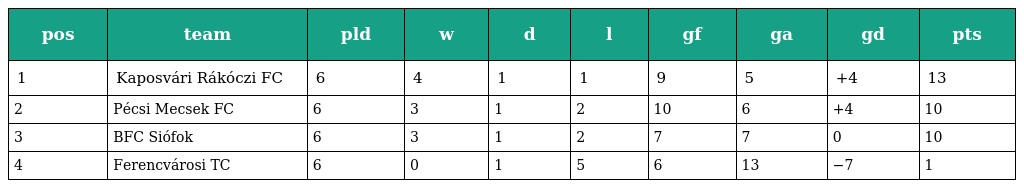
| pos | team | pld | w | d | l | gf | ga | gd | pts |
 | --- | --- | --- | --- | --- | --- | --- | --- | --- | --- |
 | 1 | Kaposvári Rákóczi FC | 6 | 4 | 1 | 1 | 9 | 5 | +4 | 13 |
 | 2 | Pécsi Mecsek FC | 6 | 3 | 1 | 2 | 10 | 6 | +4 | 10 |
 | 3 | BFC Siófok | 6 | 3 | 1 | 2 | 7 | 7 | 0 | 10 |
 | 4 | Ferencvárosi TC | 6 | 0 | 1 | 5 | 6 | 13 | −7 | 1 |